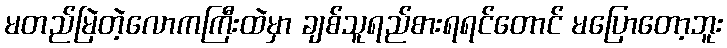
မတည်မြဲတဲ့လောကကြီးထဲမှာ ချစ်သူရည်စားရရင်တောင် မပြောတော့ဘူး